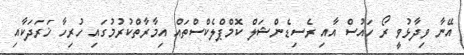
އޭނާ ވިދާޅުވީ ރޯ ހައުސް އާއި ރެސިޑެންޝަލް ކޮމްޕްލެކްސްތައް އިމާރާތްކުރުމުގައި ހުރިހާ ޚަރަދަކާއި